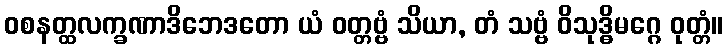
ဝစနတ္ထလက္ခဏာဒိဘေဒတော ယံ ဝတ္တဗ္ဗံ သိယာ, တံ သဗ္ဗံ ဝိသုဒ္ဓိမဂ္ဂေ ဝုတ္တံ။